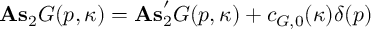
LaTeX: \mathrm { \bf A s } _ { 2 } G ( p , \kappa ) = \mathrm { \bf A s } _ { 2 } ^ { \prime } G ( p , \kappa ) + c _ { G , 0 } ( \kappa ) \delta ( p )